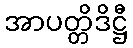
အာပတ္တိဒိဋ္ဌီ